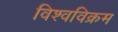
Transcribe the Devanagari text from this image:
विश्‍वविक्रम